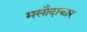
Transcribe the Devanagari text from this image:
मसौदाकार